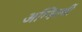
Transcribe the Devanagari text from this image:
अग्निवर्षी